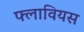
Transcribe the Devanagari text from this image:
फ्लावियस